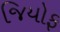
જિયોફ